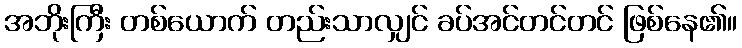
အဘိုးကြီး တစ်ယောက် တည်းသာလျှင် ခပ်အင်တင်တင် ဖြစ်နေ၏။